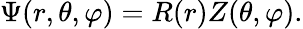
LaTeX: \Psi(r,\theta,\varphi)=R(r)Z(\theta,\varphi).